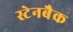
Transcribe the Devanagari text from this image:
स्टेनबैक